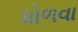
ધોળવા